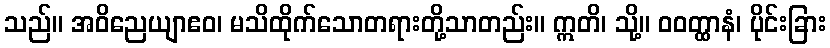
သည်။ အဝိညေယျာဧဝ၊ မသိထိုက်သောတရားတို့သာတည်း။ ဣတိ၊ သို့။ ဝဝတ္ထာနံ၊ ပိုင်းခြား